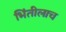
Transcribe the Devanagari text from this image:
भिंतीलाच